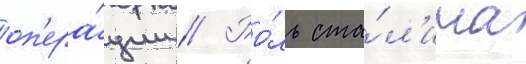
оп'ера́ции // Ро́ль ста́л'ина